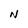
Character: N